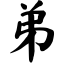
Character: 弟